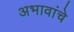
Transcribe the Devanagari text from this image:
अभावांचे